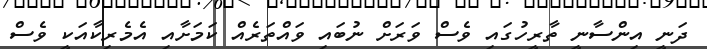
ދަނީ އިންސާނީ ތާރީހުގައި ވެސް ވަރަށް ނުބައި ވައްތަރެއް ކަމަށާއި އެމެރިކާއަކީ ވެސް